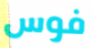
فوس